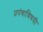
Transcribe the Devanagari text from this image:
प्रपंचाविषयी